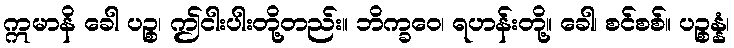
ဣမာနိ ခေါ ပဉ္စ၊ ဤငါးပါးတို့တည်း။ ဘိက္ခဝေ၊ ရဟန်းတို့။ ခေါ၊ စင်စစ်။ ပဉ္စန္နံ၊